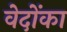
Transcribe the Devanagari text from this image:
वेदोंका